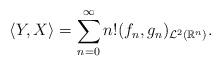
LaTeX: \begin{align*} \langle Y, X \rangle = \sum_{n=0}^{\infty}n! (f_n, g_n)_{\mathcal{L}^ 2(\mathbb{R}^n)}.\end{align*}